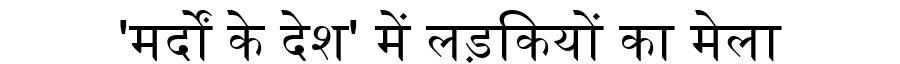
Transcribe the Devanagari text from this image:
'मर्दों के देश' में लड़कियों का मेला